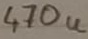
Text: 470u